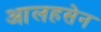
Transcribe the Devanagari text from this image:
आलहसेन